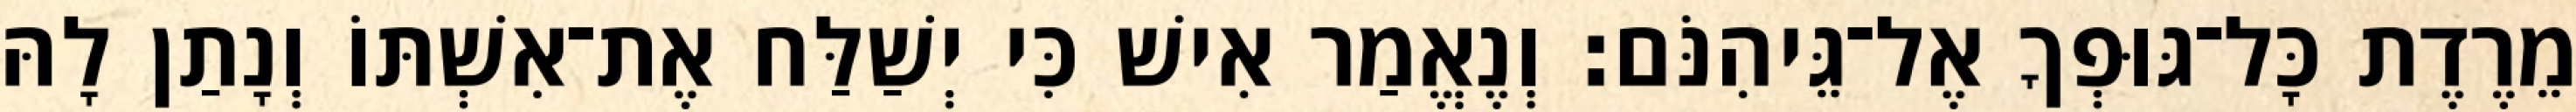
מֵרֶדֶת כָּל־גּוּפְךָ אֶל־גֵּיהִנֹּם׃ וְנֶאֱמַר אִישׁ כִּי יְשַׁלַּח אֶת־אִשְׁתּוֹ וְנָתַן לָהּ